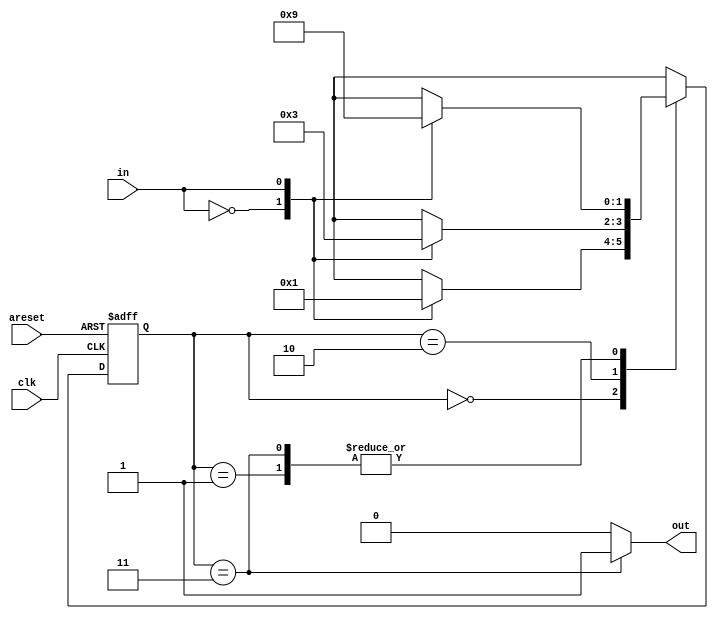
//2022_11_3 kerong
//Simple FSM 3
module top_module(
    input clk,
    input in,
    input areset,
    output out); //
    
    reg [1:0] state,next_state;
    parameter A = 2'b00;
    parameter B = 2'b01;
    parameter C = 2'b10;
    parameter D = 2'b11; 
    // State flip-flops with asynchronous reset
    always @(posedge clk or posedge areset)begin
        if(areset)begin
            state <= A;
        end
        else begin
            state <= next_state;
        end
    end

    // State transition logic
    always @(*) begin
        case(state)
            A : begin
                case(in)
                    1'b0 : next_state = A;
                    1'b1 : next_state = B;
                endcase
            end
            B : begin
                case(in)
                    1'b0 : next_state = C;
                    1'b1 : next_state = B;
                endcase
            end
            C : begin
                case(in)
                    1'b0 : next_state = A;
                    1'b1 : next_state = D;
                endcase
            end
            D : begin
                case(in)
                    1'b0 : next_state = C;
                    1'b1 : next_state = B;
                endcase
            end
        endcase
    end
    // Output logic
    assign out = (state == D) ? 1'b1 : 1'b0;
endmodule